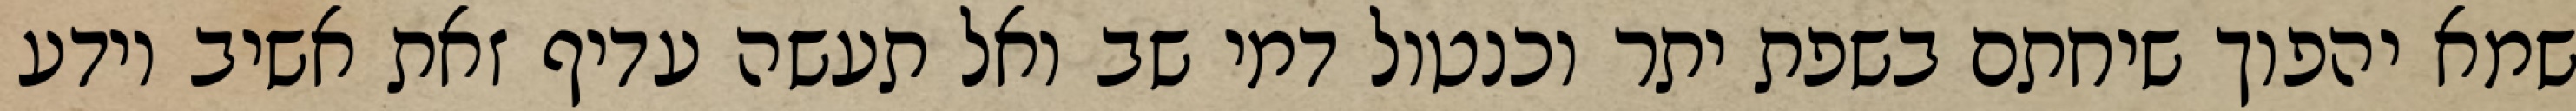
שמא יהפוך שיחתם בשפת יתר וכנטול דמי שב ואל תעשה עדיף זאת אשיב יודע